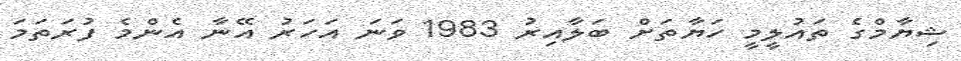
ޝިޔާމްގެ ތައުލީމީ ހަޔާތަށް ބަލާއިރު 1983 ވަނަ އަހަރު އޭނާ އެންމެ ފުރަތަމަ